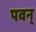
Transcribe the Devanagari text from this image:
पवन्